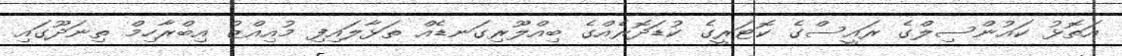
އަތޮޅު ކައުންސިލްގެ ރައީސްގެ ކޮޓަރީގެ ކުޑަދޮރެއްގެ ބިއްލޫރިގަނޑެއް ތަޅާލައިފި މުއިއްޒު އިބްރާހިމް ތިނަދޫގައި